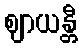
ဈာယန္တီ